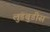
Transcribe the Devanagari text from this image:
लुडबुडीस